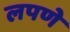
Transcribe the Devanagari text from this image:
लपणे